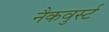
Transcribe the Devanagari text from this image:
नैकवुर्स्ट